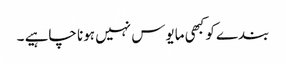
بندے کو کبھی مایوس نہیں ہونا چاہیے ۔